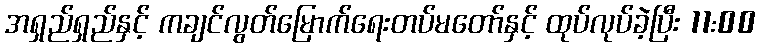
အရှည်ရှည်နှင့် ကချင်လွတ်မြောက်ရေးတပ်မတော်နှင့် ထုပ်လုပ်ခဲ့ပြီး 11:00